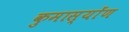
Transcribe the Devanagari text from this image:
कुमास्योंण